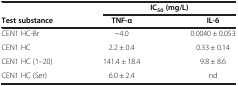
<table><thead><tr><td><b> </b></td><td colspan="2"><b>IC<sub>50 </sub>(mg/L)</b></td></tr><tr><td><b>Test substance</b></td><td><b>TNF-α</b></td><td><b>IL-6</b></td></tr></thead><tbody><tr><td>CEN1 HC-Br</td><td>~4.0</td><td>0.0040 ± 0.053</td></tr><tr><td>CEN1 HC</td><td>2.2 ± 0.4</td><td>0.33 ± 0.14</td></tr><tr><td>CEN1 HC (1–20)</td><td>141.4 ± 18.4</td><td>9.8 ± 8.6</td></tr><tr><td>CEN1 HC (Ser)</td><td>6.0 ± 2.4</td><td>nd</td></tr></tbody></table>